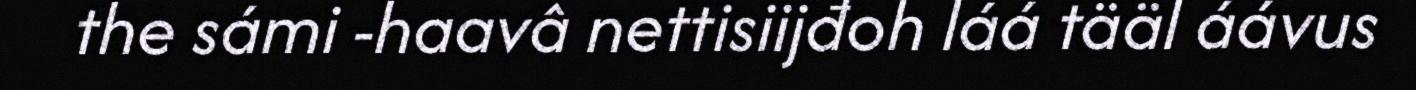
the sámi -haavâ nettisiijđoh láá tääl áávus